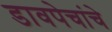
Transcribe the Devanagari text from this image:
डावपेचांचे